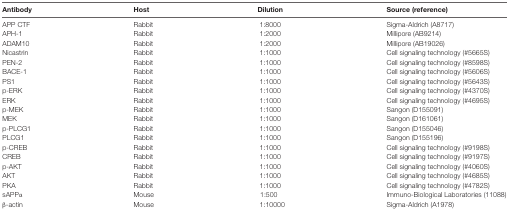
<table><thead><tr><td><b>Antibody</b></td><td><b>Host</b></td><td><b>Dilution</b></td><td><b>Source (reference)</b></td></tr></thead><tbody><tr><td>APP CTF</td><td>Rabbit</td><td>1:8000</td><td>Sigma-Aldrich (A8717)</td></tr><tr><td>APH-1</td><td>Rabbit</td><td>1:2000</td><td>Millipore (AB9214)</td></tr><tr><td>ADAM10</td><td>Rabbit</td><td>1:2000</td><td>Millipore (AB19026)</td></tr><tr><td>Nicastrin</td><td>Rabbit</td><td>1:1000</td><td>Cell signaling technology (#5665S)</td></tr><tr><td>PEN-2</td><td>Rabbit</td><td>1:1000</td><td>Cell signaling technology (#8598S)</td></tr><tr><td>BACE-1</td><td>Rabbit</td><td>1:1000</td><td>Cell signaling technology (#5606S)</td></tr><tr><td>PS1</td><td>Rabbit</td><td>1:1000</td><td>Cell signaling technology (#5643S)</td></tr><tr><td>p-ERK</td><td>Rabbit</td><td>1:1000</td><td>Cell signaling technology (#4370S)</td></tr><tr><td>ERK</td><td>Rabbit</td><td>1:1000</td><td>Cell signaling technology (#4695S)</td></tr><tr><td>p-MEK</td><td>Rabbit</td><td>1:1000</td><td>Sangon (D155091)</td></tr><tr><td>MEK</td><td>Rabbit</td><td>1:1000</td><td>Sangon (D161061)</td></tr><tr><td>p-PLCG1</td><td>Rabbit</td><td>1:1000</td><td>Sangon (D155046)</td></tr><tr><td>PLCG1</td><td>Rabbit</td><td>1:1000</td><td>Sangon (D155196)</td></tr><tr><td>p-CREB</td><td>Rabbit</td><td>1:1000</td><td>Cell signaling technology (#9198S)</td></tr><tr><td>CREB</td><td>Rabbit</td><td>1:1000</td><td>Cell signaling technology (#9197S)</td></tr><tr><td>p-AKT</td><td>Rabbit</td><td>1:1000</td><td>Cell signaling technology (#4060S)</td></tr><tr><td>AKT</td><td>Rabbit</td><td>1:1000</td><td>Cell signaling technology (#4685S)</td></tr><tr><td>PKA</td><td>Rabbit</td><td>1:1000</td><td>Cell signaling technology (#4782S)</td></tr><tr><td>sAPPα</td><td>Mouse</td><td>1:500</td><td>Immuno-Biological Laboratories (11088)</td></tr><tr><td>β-actin</td><td>Mouse</td><td>1:10000</td><td>Sigma-Aldrich (A1978)</td></tr></tbody></table>